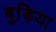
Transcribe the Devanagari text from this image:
बुड़िया